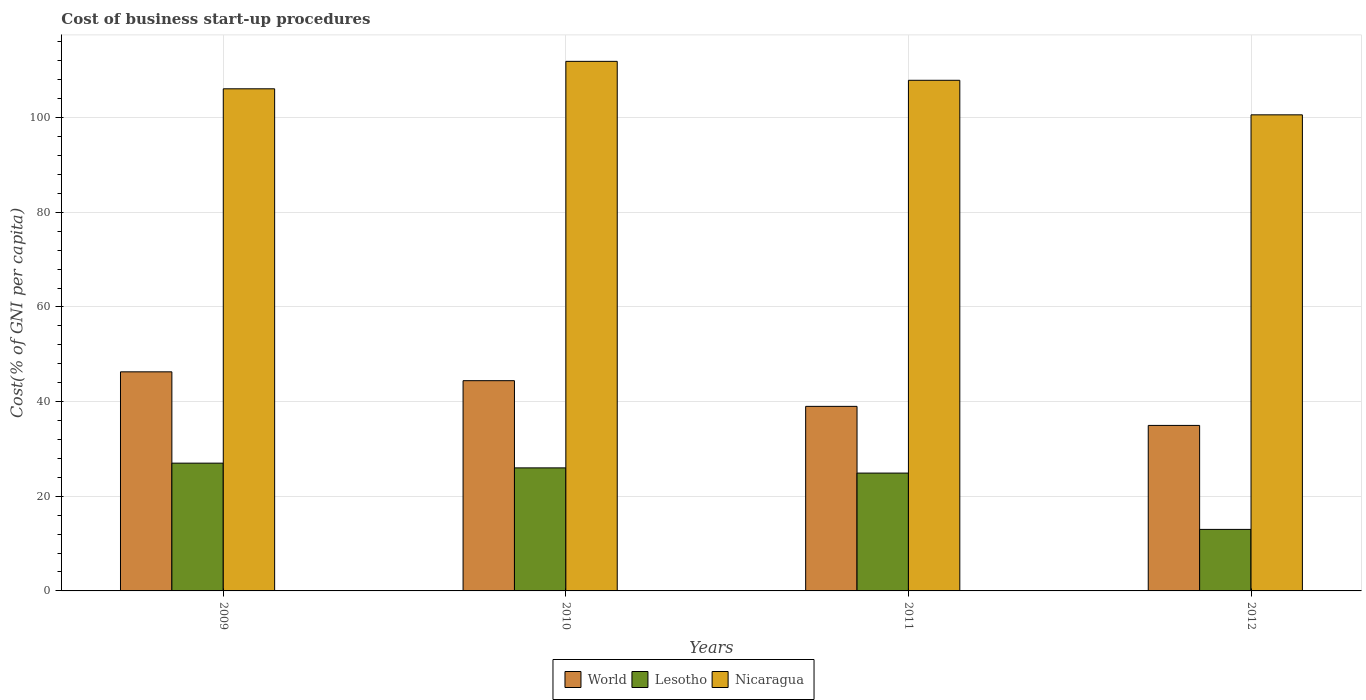
| Years | World | Lesotho | Nicaragua |
 | --- | --- | --- | --- |
 | 2009 | 46.3 | 27 | 106 |
 | 2010 | 44.4 | 26 | 112 |
 | 2011 | 39 | 24.9 | 108 |
 | 2012 | 35 | 13 | 101 |